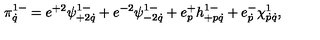
\pi _ { \dot { q } } ^ { 1 - } = e ^ { + 2 } \psi _ { + 2 \dot { q } } ^ { 1 - } + e ^ { - 2 } \psi _ { - 2 \dot { q } } ^ { 1 - } + e _ { p } ^ { + } h _ { + p \dot { q } } ^ { 1 - } + e _ { \dot { p } } ^ { - } \chi _ { \dot { p } \dot { q } } ^ { 1 } ,